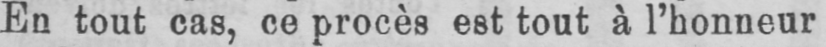
En tout cas, ce procès est tout à l’honneur